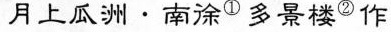
月上瓜洲·南涂①多景楼②作